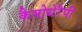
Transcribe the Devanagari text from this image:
कैमोथेरैपी